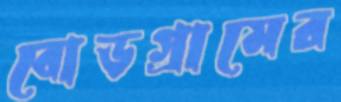
বোড়গ্রামের